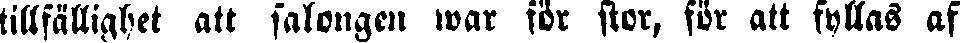
tillfällighet att salongen war för stor, för att fyllas af